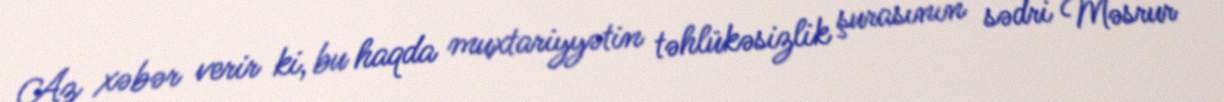
Az xəbər verir ki, bu haqda muxtariyyətin təhlükəsizlik şurasının sədri Məsrur